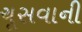
ચૂસવાની